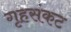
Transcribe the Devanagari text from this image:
गृहसंकट